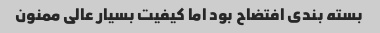
بسته بندی افتضاح بود اما کیفیت بسیار عالی ممنون